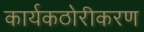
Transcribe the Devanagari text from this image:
कार्यकठोरीकरण